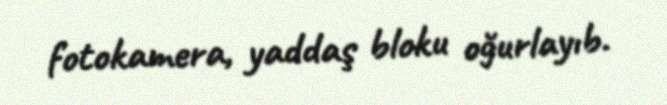
fotokamera, yaddaş bloku oğurlayıb.